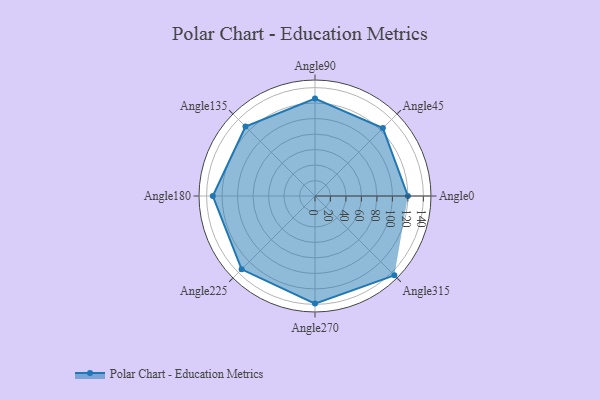
{"axis": {"x": "Angle", "y": "Radius"}, "legend": [""], "data": [{"x": "Angle0", "y": 120.0, "type": ""}, {"x": "Angle45", "y": 124.0, "type": ""}, {"x": "Angle90", "y": 126.0, "type": ""}, {"x": "Angle135", "y": 127.0, "type": ""}, {"x": "Angle180", "y": 132.0, "type": ""}, {"x": "Angle225", "y": 134.0, "type": ""}, {"x": "Angle270", "y": 139.0, "type": ""}, {"x": "Angle315", "y": 145.0, "type": ""}]}